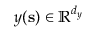
\boldsymbol { y } ( \mathbf { s } ) \in \mathbb { R } ^ { d _ { \boldsymbol { y } } }